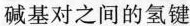
碱基对之间的氢键